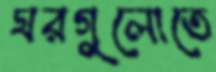
ঘরগুলোতে